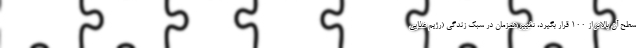
سطح آن بالاتر از 100 قرار بگیرد، تغییر همزمان در سبک زندگی (رژیم غذایی